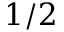
1 / 2